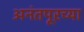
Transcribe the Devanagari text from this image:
अनंतपूरच्या